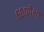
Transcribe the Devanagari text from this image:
६००पेक्षा